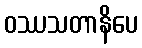
ဝဿသတာနိပေ